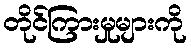
တိုင်ကြားမှုများကို